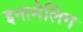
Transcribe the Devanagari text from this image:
इनामेलिंग